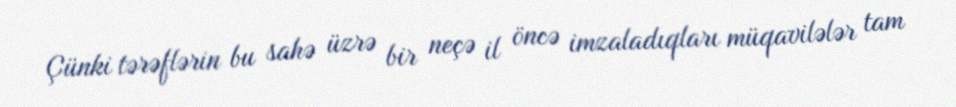
Çünki tərəflərin bu sahə üzrə bir neçə il öncə imzaladıqları müqavilələr tam